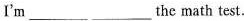
I'm ___ ___ the math test.